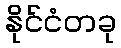
နိုင်ငံတခု